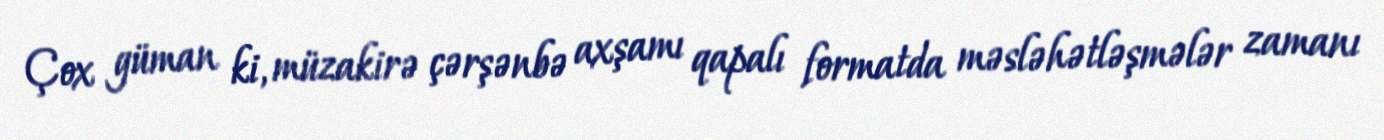
Çox güman ki, müzakirə çərşənbə axşamı qapalı formatda məsləhətləşmələr zamanı